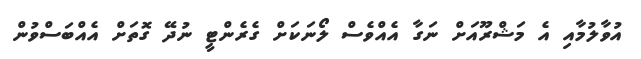
އުވާލުމާއި އެ މަޝްރޫއަށް ނަގާ އެއްވެސް ލޯނަކަށް ގެރެންޓީ ނުދޭ ގޮތަށް އެއްބަސްވުން